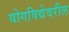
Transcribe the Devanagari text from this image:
योगविद्येवरील